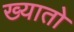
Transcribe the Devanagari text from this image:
ख्यातो